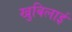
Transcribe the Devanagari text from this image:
खुबिलाई